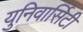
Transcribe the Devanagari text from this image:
युनिवार्सिटी